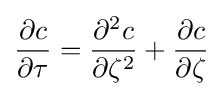
{\frac {\partial c}{\partial \tau }}={\frac {\partial ^{2}c}{\partial \zeta ^{2}}}+{\frac {\partial c}{\partial \zeta }}